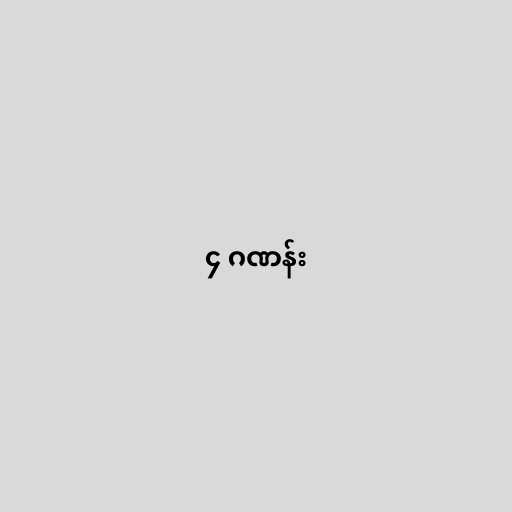
၄ ဂဏန်း